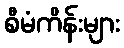
စီမံကိန်းများ